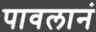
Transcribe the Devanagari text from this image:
पावलानं